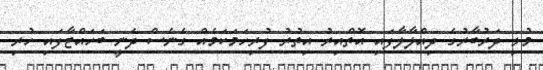
މުޅި ދަރުބާރުގެ ދިއްލާލާފައި އޮތްއިރު އިތުރު ފުރިހަމަކަމެއް ގެނެސް ދެނީ ބަހައްޓާފައި ހުރި